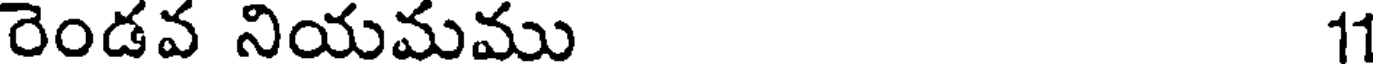
రెండవ నియమము 11